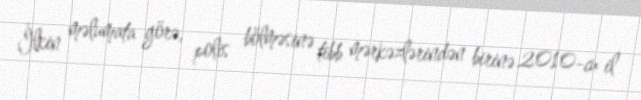
İlkin məlumata görə, polis bölməsinə tibb mərkəzlərindən birinə 2010-cu il